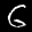
Label: 6